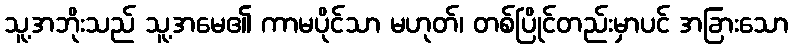
သူ့အဘိုးသည် သူ့အမေ၏ ကာမပိုင်သာ မဟုတ်၊ တစ်ပြိုင်တည်းမှာပင် အခြားသော